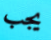
يجب